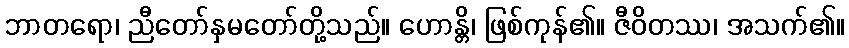
ဘာတရော၊ ညီတော်နှမတော်တို့သည်။ ဟောန္တိ၊ ဖြစ်ကုန်၏။ ဇီဝိတဿ၊ အသက်၏။